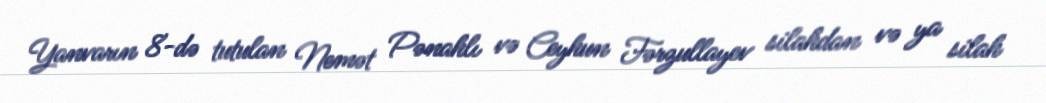
Yanvarın 8-də tutulan Nemət Pənahlı və Ceyhun Fərzullayev silahdan və ya silah